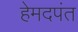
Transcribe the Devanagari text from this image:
हेमदपंत